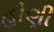
હીણી